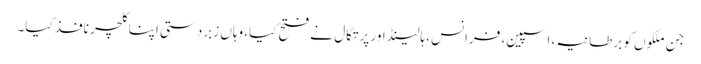
جن ملکوں کو برطانیہ، اسپین، فرانس، ہالینڈ اور پرتگال نے فتح کیا، وہاں زبردستی اپنا کلچر نافذ کیا۔